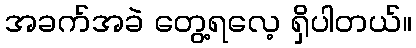
အခက်အခဲ တွေ့ရလေ့ ရှိပါတယ်။